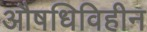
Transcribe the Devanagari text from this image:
औषधिविहीन